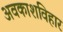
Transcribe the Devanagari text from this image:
अवकाशविहार